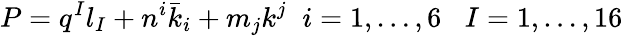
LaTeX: P=q^{I}l_{I}+n^{i}{\bar{k}}_{i}+m_{j}k^{j}\; \; i=1,\dots,6\; \; \; I=1,\dots,16